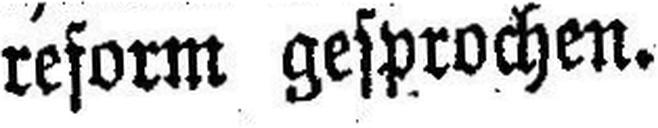
reform gesprochen.